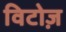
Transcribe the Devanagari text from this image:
विटोज़